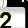
Digit: 2